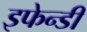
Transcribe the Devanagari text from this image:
इफेन्डी